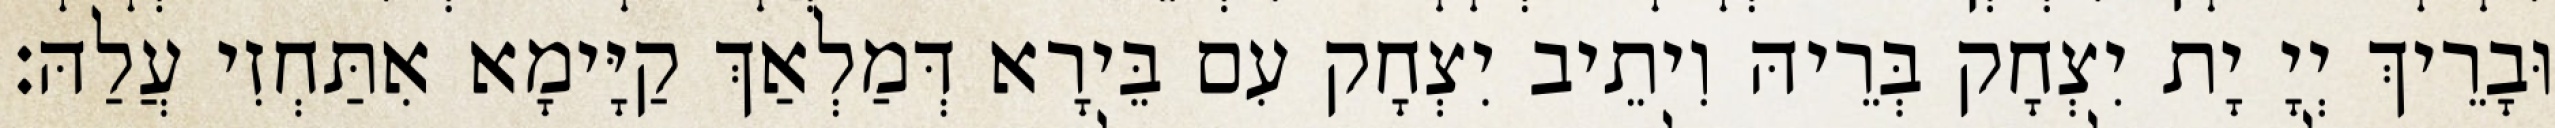
וּבָרֵיךְ יְיָ יָת יִצְחָק בְּרֵיהּ וִיתֵיב יִצְחָק עִם בֵּירָא דְּמַלְאַךְ קַיָּימָא אִתַּחְזִי עֲלַהּ׃